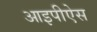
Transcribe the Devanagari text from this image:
आइपीऐस